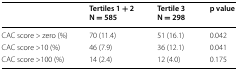
|  | Tertiles 1 + 2N = 585 | Tertile 3 N = 298 | p value |
 | --- | --- | --- | --- |
 | CAC score > zero (%) | 70 (11.4) | 51 (16.1) | 0.042 |
 | CAC score >10 (%) | 46 (7.9) | 36 (12.1) | 0.041 |
 | CAC score >100 (%) | 14 (2.4) | 12 (4.0) | 0.175 |